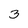
Character: 3